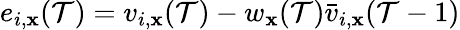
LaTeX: e_{i,\mathbf{x}}(\mathcal{T})=v_{i,\mathbf{x}}(\mathcal{T})-w_{\mathbf{x}}(\mathcal{T})\bar{{v}}_{i,\mathbf{x}}(\mathcal{T}-1)